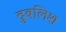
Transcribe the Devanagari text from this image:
दुबलिश